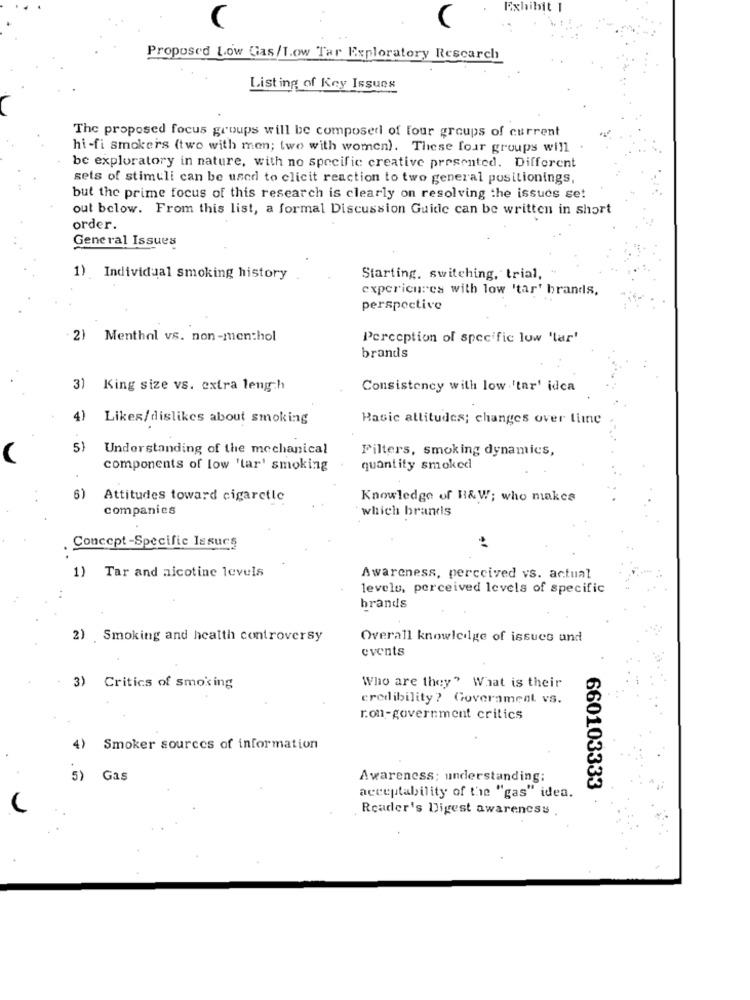
Exhibit 1
Proposed Low Gas/Low Tar Exploratory Research
Listing of Key Issues
The proposed focus groups will be composed of four groups of current
hi-fi smokers (two with men; two with women). These four groups will .
be exploratory in nature, with no specific creative presented. Different
sets of stimuli can be used to elicit reaction to two general positionings
but the prime focus of this research is clearly on resolving the issucs se!
out below. From this list, a formal Discussion Guide can be written in short
order.
General Issues
1) Individual smoking history
Starting, switching, trial,
expericures with low 'tar' brands,
perspective
2) Menthal vs. non-menthol
Perception of specific low 'lar'
brands
3) King size vs. extra length
Consistency with low 'tar' idea
4)
Likes/dislikes about smoking
Basic attitudes; changes over time
5)
Understanding of the mechanical
Filters, smoking dynamics,
components of low 'tar' smoking
quantity smoked
6)
Attitudes toward cigaretle
Knowledge of B& W; who makes
companies
which brands
Concept -Specific Issues
1) Tar and nicotine levels
Awareness, perceived vs. actual
levels, perceived levels of specific
brands
2) Smoking and health controversy
Overall knowledge of issues and
events
3) Critics of smoking
Who are they" What is their
credibility? Government vs.
r.on-government critics
4)
Smoker sources of information
5)
Gas
Awareness; understanding:
660103333
acceptability of the "gas" idea.
Reader's Digest awareness .